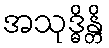
အသုဒ္ဓိန္တိ